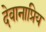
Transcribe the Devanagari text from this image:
देवानाप्रिय